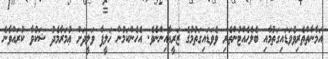
އަމާނާތްތެރިވެވަޑައިގަތުމާއި ބެލެހެއްޓުންތެރި ވެވަޑައިގަތުމުގެ ޒަރީޢާއިންނެވެ. އެހެންކަމުން ޚަލީފާ ވަލީދަށް ޢުމަރާމެދު ޝަކުވާ ކުރައްވާނެ